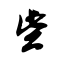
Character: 些